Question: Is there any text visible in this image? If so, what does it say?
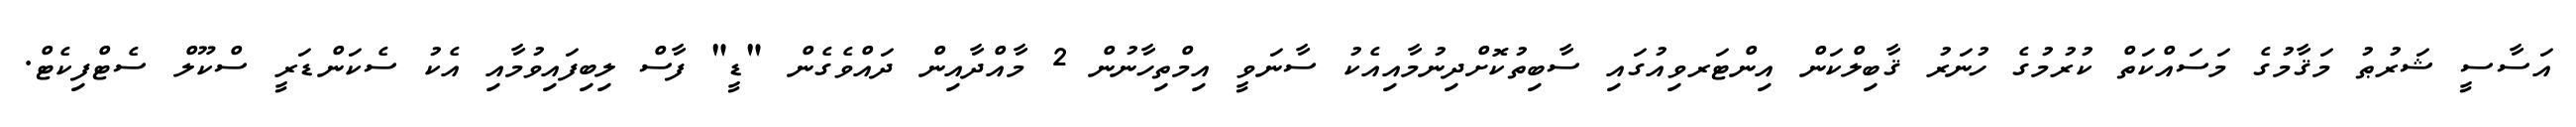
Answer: އަސާސީ ޝަރުޠު މަޤާމުގެ މަސައްކަތް ކުރުމުގެ ހުނަރު ޤާބިލްކަން އިންޓަރވިއުގައި ސާބިތުކޮށްދިނުމާއިއެކު ސާނަވީ އިމްތިހާނުން 2 މާއްދާއިން ދައްވެގެން "ޑީ" ފާސް ލިބިފައިވުމާއި އެކު ސެކަންޑަރީ ސްކޫލް ސެޓްފިކެޓް.